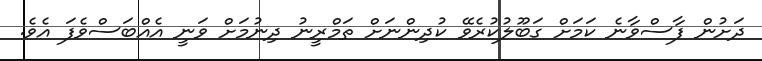
ދަށުން ފާސްވާނެ ކަމަށް ގަބޫލުކުރެވޭ ކުދިންނަށް ތަމްރީނު ދިނުމަށް ވަނީ އެއްބަސްވެފަ އެވެ.